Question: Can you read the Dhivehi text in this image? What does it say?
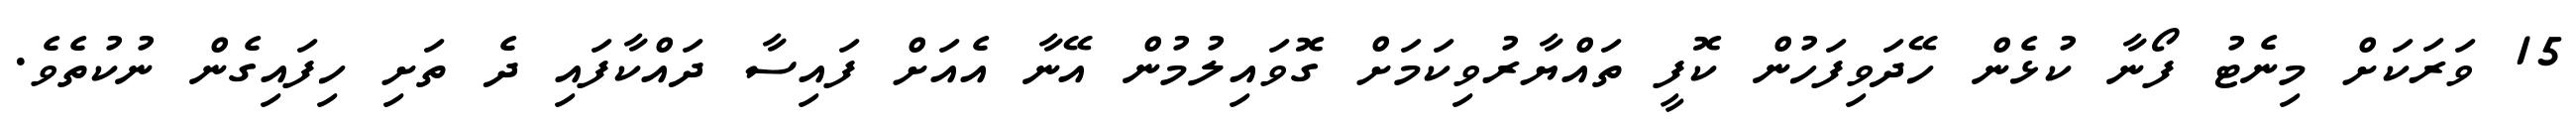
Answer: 15 ވަރަކަށް މިނެޓު ފޯނާ ކުޅެން ހޭދަވިފަހުން ކޮފީ ތައްޔާރުވިކަމަށް ގޮވައިލުމުން އޭނާ އެއަށް ފައިސާ ދައްކާފައި ދެ ތަށި ހިފައިގެން ނުކުތެވެ.